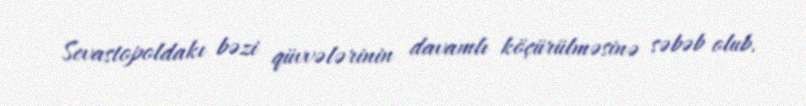
Sevastopoldakı bəzi qüvvələrinin davamlı köçürülməsinə səbəb olub.